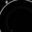
Digit: 8